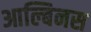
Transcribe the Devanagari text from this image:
आल्बिनस